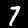
Digit: 7